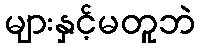
များနှင့်မတူဘဲ